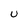
Character: U